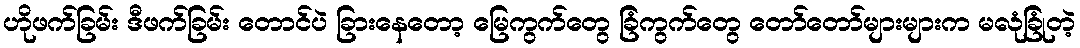
ဟိုဖက်ခြမ်း ဒီဖက်ခြမ်း တောင်ပဲ ခြားနေတော့ မြေကွက်တွေ ခြံကွက်တွေ တော်တော်များများက မလုံခြုံတဲ့